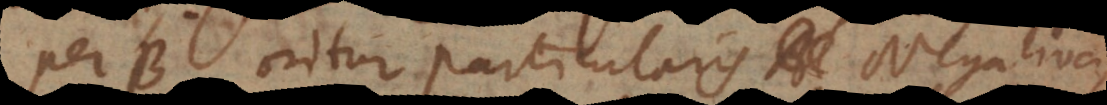
per B, oritur particularis Negativa,